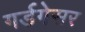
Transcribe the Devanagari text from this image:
गर्डगेसर